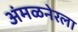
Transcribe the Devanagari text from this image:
अंमळनेरला